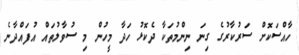
ހާއްސަކޮށް ސަރުކާރުގެ ގިނަ ނިންމުތަކާ ދެކޮޅު ހަދާ މީހުން މި ސުވާލުތައް އުފައްދާނެ